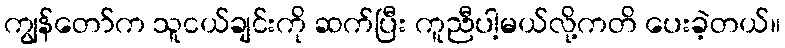
ကျွန်တော်က သူငယ်ချင်းကို ဆက်ပြီး ကူညီပါ့မယ်လို့ကတိ ပေးခဲ့တယ်။